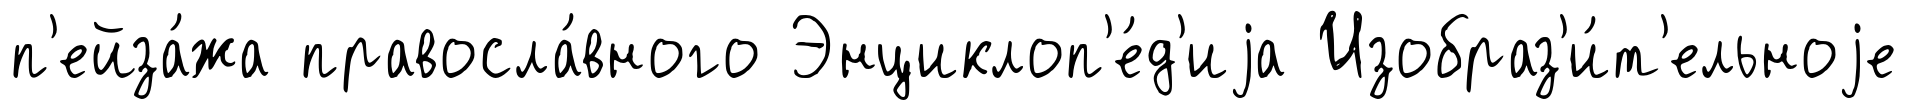
п'ейза́жа правосла́вного Энциклоп'е́д'иjа Изобраз'и́т'ельноjе